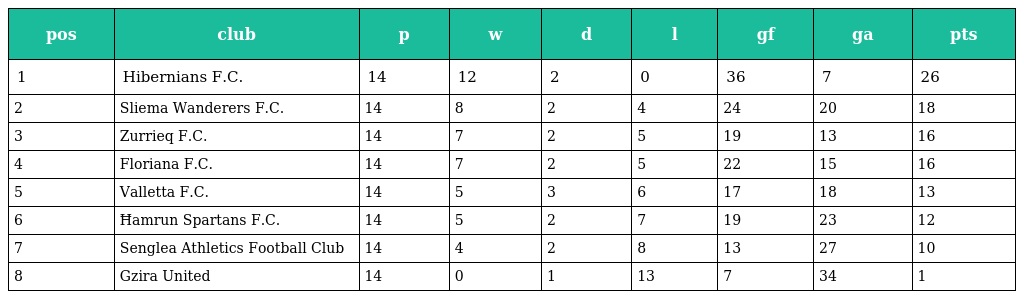
| pos | club | p | w | d | l | gf | ga | pts |
 | --- | --- | --- | --- | --- | --- | --- | --- | --- |
 | 1 | Hibernians F.C. | 14 | 12 | 2 | 0 | 36 | 7 | 26 |
 | 2 | Sliema Wanderers F.C. | 14 | 8 | 2 | 4 | 24 | 20 | 18 |
 | 3 | Zurrieq F.C. | 14 | 7 | 2 | 5 | 19 | 13 | 16 |
 | 4 | Floriana F.C. | 14 | 7 | 2 | 5 | 22 | 15 | 16 |
 | 5 | Valletta F.C. | 14 | 5 | 3 | 6 | 17 | 18 | 13 |
 | 6 | Ħamrun Spartans F.C. | 14 | 5 | 2 | 7 | 19 | 23 | 12 |
 | 7 | Senglea Athletics Football Club | 14 | 4 | 2 | 8 | 13 | 27 | 10 |
 | 8 | Gzira United | 14 | 0 | 1 | 13 | 7 | 34 | 1 |